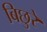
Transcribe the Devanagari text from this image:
बिछुरे